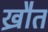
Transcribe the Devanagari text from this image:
ख्रौत